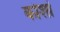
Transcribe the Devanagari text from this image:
कोशां